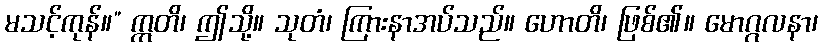
မသင့်ကုန်။” ဣတိ၊ ဤသို့။ သုတံ၊ ကြားနာအပ်သည်။ ဟောတိ၊ ဖြစ်၏။ မောဂ္ဂလနာ၊